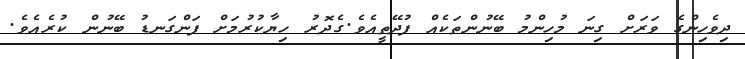
ދިވެހިންގެ ވަރަށް ގިނަ މުހިންމު ބޭނުންތަކެއް ފުދޭތީއެވެ.ގެދޮރު ހިޔާކުރުމަށް ފަންގަނޑު ބޭނުން ކުރެއެވެ.